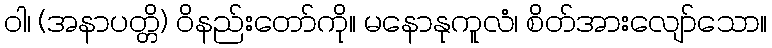
ဝါ၊ (အနာပတ္တိ) ဝိနည်းတော်ကို။ မနောနုကူလံ၊ စိတ်အားလျော်သော။